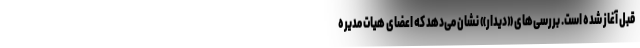
قبل آغاز شده است. بررسی‌های «دیدار» نشان می‌دهد که اعضای هیات مدیره